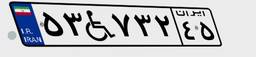
۵۳W۷۳۲۴۵